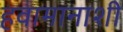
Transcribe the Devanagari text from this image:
हवामानाशी